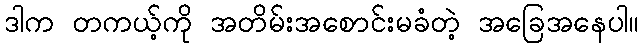
ဒါက တကယ့်ကို အတိမ်းအစောင်းမခံတဲ့ အခြေအနေပါ။